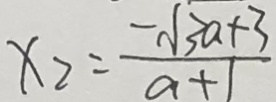
x _ { 2 } = \frac { - \sqrt { 3 a + 3 } } { a + 1 }